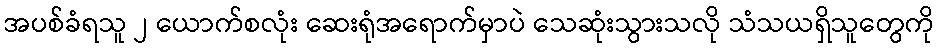
အပစ်ခံရသူ ၂ ယောက်စလုံး ဆေးရုံအရောက်မှာပဲ သေဆုံးသွားသလို သံသယရှိသူတွေကို